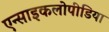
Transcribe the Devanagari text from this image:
एन्साइकलोपीडिया